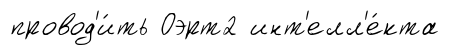
провод'и́ть Оэрт2 инт'елл'е́кта